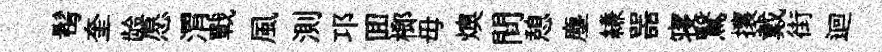
髩奎龄愿渭戰風測邛囬榔毋燠間憩塵縑噐寝鷖攘戴街迴